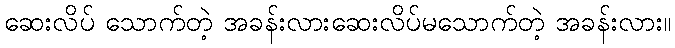
ဆေးလိပ် သောက်တဲ့ အခန်းလားဆေးလိပ်မသောက်တဲ့ အခန်းလား။